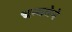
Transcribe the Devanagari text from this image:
धन्यतेने